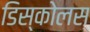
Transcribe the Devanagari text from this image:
डिस्कोलस